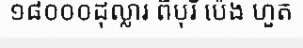
១៨០០០ដុល្លារ ពីបុរី ប៉េង ហួត